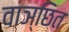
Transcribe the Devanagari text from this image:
वाञ्छित